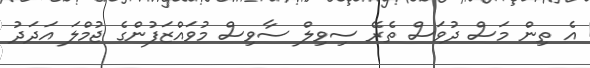
އެ ތިން މަސް ދުވަސް ތެރޭ ސިވިލް ސާވިސް މުވައްޒަފުންގެ ޖުމްލަ އަދަދު